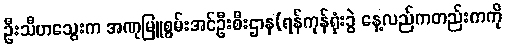
ဦးသီဟသွေးက အဏုမြူစွမ်းအင်ဦးစီးဌာန(ရန်ကုန်ရုံးခွဲ နေ့လည်ကတည်းကကို